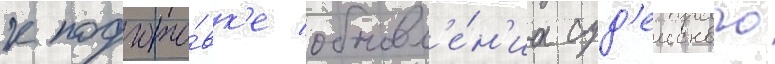
к подгото́вк'е обновл'е́н'иа суд'еиского